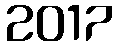
2017